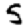
Digit: 5